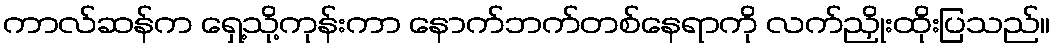
ကာလ်ဆန်က ရှေ့သို့ကုန်းကာ နောက်ဘက်တစ်နေရာကို လက်ညှိုးထိုးပြသည်။